Report of the Bombay Veterinary College
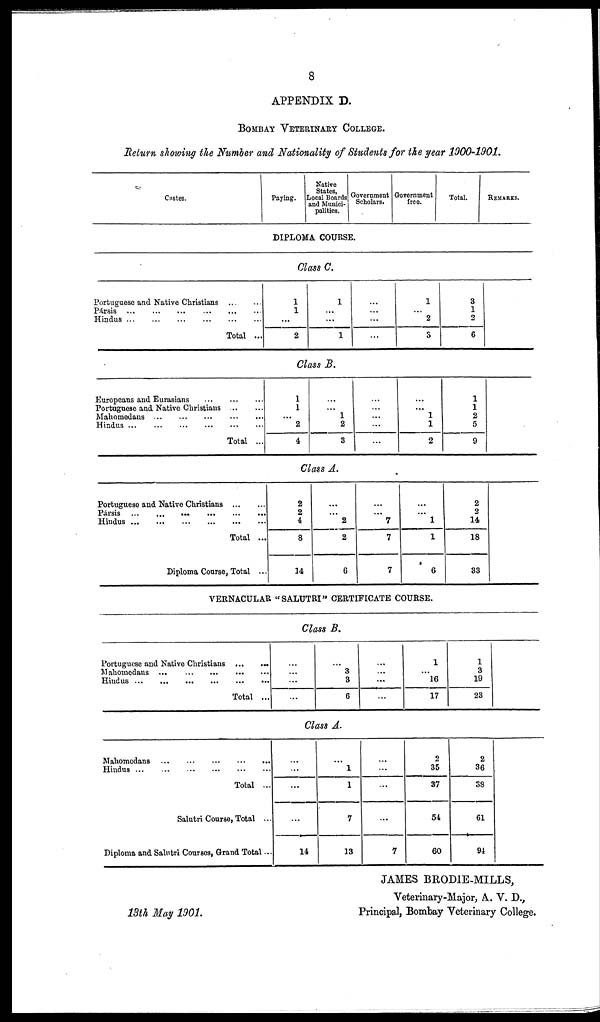
8
APPENDIX D.
BOMBAY VETERINARY COLLEGE.
Return showing the Number and Nationality of Students for the year 1900-1901.
Castes.
Paying.
Native
States,
Local Boards
and Munici-
palities.
Government
Scholars.
Government
free.
Total.
REMARKS.
DIPLOMA COURSE.
Class C.
Portuguese and Native Christians
Pársis
Hindus
Total ...
1
1
...
2
1
...
...
1
...
...
...
...
1
...
2
3
3
1
2
6
Class B.
Europeans and Eurasians
Portuguese and Native Christians
Mahomedans
Hindus
Total ...
1
1
...
2
4
...
... 1
2
3
...
...
...
...
...
...
...
1
1
2
1
1
2
5
9
Class A.
Portuguese and Native Christians
Pársis
Hindus
Total ...
Diploma Course, Total ...
2
2
4
8
14
...
... 2
2
6
...
...
7
7
7
...
... 1
1
6
2
2
14
18
33
VERNACULAR "SALUTRI" CERTIFICATE COURSE,
Class B.
Portuguese and Native Christians ...
...
Mahomedans
Hindus
Total ...
...
...
...
...
...
3
3
6
...
...
...
...
1
...
16
17
1
3
19
23
Class A.
Mahomedans
Hindus
Total ...
Salutri Course, Total ...
Diploma and Salutri Courses, Grand Total ...
...
...
...
...
14
...
1
1
7
13
...
...
...
...
7
2
35
37
54
60
2
36
38
61
94
JAMES BRODIE-MILLS,
Veterinary-Major, A. V. D.,
13th May 1901.
Principal, Bombay Veterinary College.